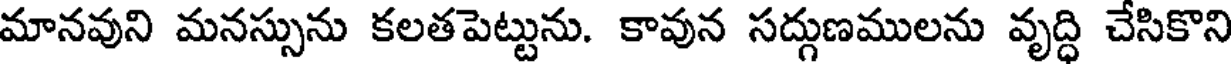
మానవుని మనస్సును కలతపెట్టును. కావున సద్గుణములను వృద్ధి చేసికొని